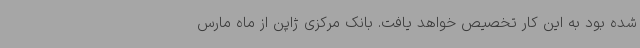
شده بود به این کار تخصیص خواهد یافت. بانک مرکزی ژاپن از ماه مارس